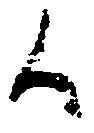
候